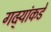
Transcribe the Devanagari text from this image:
गद्र्‍यांकडे